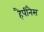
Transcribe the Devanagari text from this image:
हैपीनैस